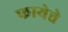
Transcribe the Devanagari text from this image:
फायेत्ते